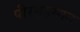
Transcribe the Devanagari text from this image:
पीरमुहम्मद